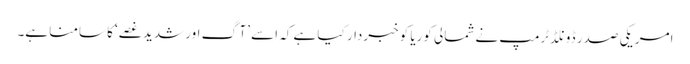
امریکی صدر ڈونلڈ ٹرمپ نے شمالی کوریا کو خبردار کیا ہے کہ اسے ’آگ اور شدید غصے‘ کا سامنا ہے۔